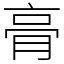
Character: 𮌔